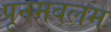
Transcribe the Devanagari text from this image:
पूनमबलम